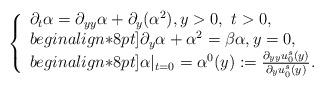
LaTeX: \begin{align*}\left\{\begin{array}{ll}\partial_t\alpha = \partial_{yy}\alpha + \partial_y(\alpha^2), y>0,\ t>0,\\begin{align*}8pt]\partial_y\alpha + \alpha^2 =\beta\alpha,y=0, \\begin{align*}8pt]\alpha|_{t=0} = \alpha^0(y) := \frac{\partial_{yy}u_0^s(y)}{\partial_y u_0^s(y)}.\end{array}\right.\end{align*}